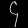
Digit: ၄